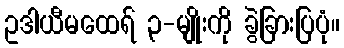
ဥဒါယီမထေရ် ၃-မျိုးကို ခွဲခြားပြပုံ။